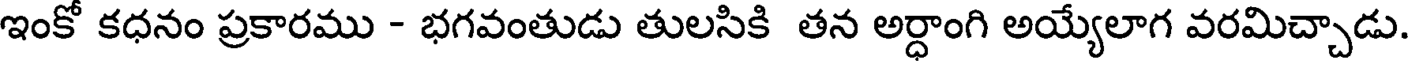
ఇంకో కధనం ప్రకారము - భగవంతుడు తులసికి తన అర్ధాంగి అయ్యేలాగ వరమిచ్చాడు.